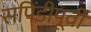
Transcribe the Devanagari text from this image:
सपिंडीपूर्वीं